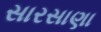
સારસાણા